Lunatic asylums Burma 1922-24 - 1922-1924
Year: 1922
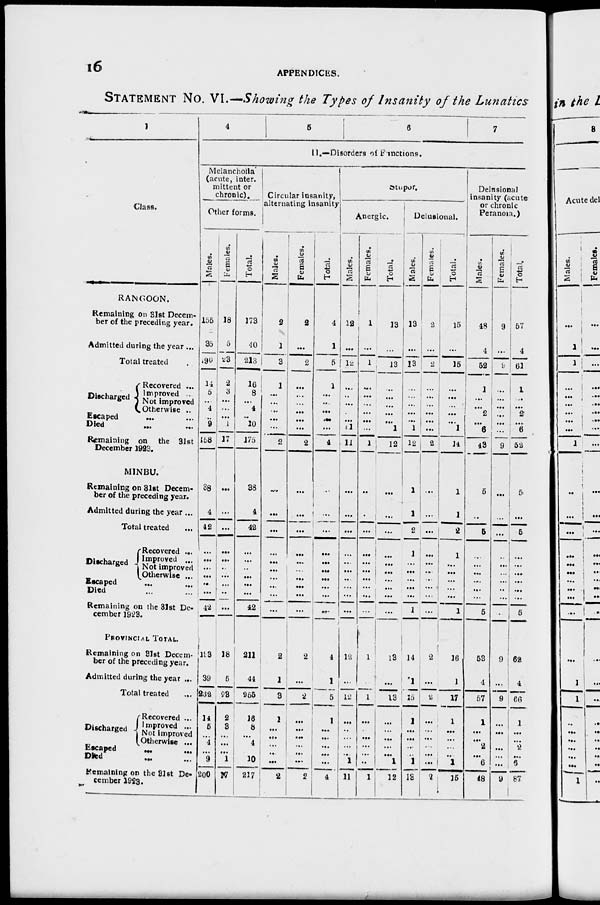
16
APPENDICES.
STATEMENT No. VI.—Showing the Types of Insanity of the Lunatics
1
Class.
RANGOON.
Remaining on 31st Decem-
ber of the preceding year.
Admitted during the year ...
Total treated ...
Discharged
Recovered ...
Improved ...
Not improved
Otherwise ...
Escaped
... ...
Died ... ...
Remaining on the 31st
December 1923.
MINBU.
Remaining on 31st Decem-
ber of the preceding year.
Admitted during the year ...
Total treated ...
Discharged
Recovered ...
Improved ...
Not improved
Otherwise ...
Escaped ... ...
Died ... ...
Remaining on the 31st De-
cember 1923.
PROVINCIAL TOTAL.
Remaining on 31st Decem-
ber of the preceding year.
Admitted during the year ...
Total treated ...
Discharged
Recovered ...
Improved ...
Not improved
Otherwise ...
Escaped ... ...
Died ... ...
Remaining on the 31st De-
cember 1923.
4
5
6
7
II.—Disorders of Functions.
Melancholia
(acute, inter-
mittent or
chronic).
Other
forms.
Males.
155
35
190
14
5
...
4
...
9
158
38
4
42
...
...
...
...
...
...
42
193
39
232
14
5
...
4
...
9
200
Females.
18
5
23
2
3
...
...
...
1
17
...
...
...
...
...
...
...
...
...
...
18
5
23
2
3
...
...
...
1
17
Total.
173
40
213
16
8
...
4
...
10
175
38
4
42
...
...
...
...
...
...
42
211
44
255
16
8
...
4
...
10
217
Circular insanity,
alternating insanity
Males.
2
1
3
1
...
...
...
...
...
2
...
...
...
...
...
...
...
...
...
...
2
1
3
1
...
...
...
...
...
2
Females.
2
...
2
...
...
...
...
...
...
2
...
...
...
...
...
...
...
...
...
...
2
...
2
...
...
...
...
...
...
2
Total.
4
1
5
1
...
....
...
...
...
4
...
...
...
...
...
...
...
...
...
...
4
1
5
1
...
...
...
...
...
4
Stupor.
Anergic.
Males.
12
...
12
...
...
...
...
...
1
11
...
...
...
...
...
...
...
...
...
...
12
...
12
...
...
...
...
...
1
11
Females.
1
...
1
...
...
...
...
...
...
1
...
...
...
...
...
...
...
...
...
...
1
...
1
...
...
...
...
...
...
1
Total.
13
...
13
...
...
...
...
...
1
12
...
...
...
...
...
...
...
...
...
...
13
...
13
...
...
...
...
...
1
12
Delusional.
Males.
13
...
13
...
...
...
...
...
1
12
1
1
2
1
...
...
...
...
...
1
14
1
15
1
...
...
...
...
1
13
Females.
2
...
2
...
...
...
...
...
...
2
...
...
...
...
...
...
...
...
...
...
2
...
2
...
...
...
...
...
...
2
Total.
15
...
15
...
...
...
...
...
1
14
1
1
2
1
...
...
...
...
...
1
16
1
17
1
...
...
...
...
1
15
Delusional
insanity (acute
or chronic
Peranoia.)
Males.
48
4
52
1
...
...
2
...
6
43
5
...
5
...
...
...
...
...
...
5
53
4
57
1
...
...
2
...
6
78
Females.
9
...
9
...
...
...
...
...
...
9
...
...
...
...
...
...
...
...
...
...
9
...
9
...
...
...
...
...
...
9
Total.
57
4
61
1
...
...
2
...
6
52
5
...
5
...
...
...
...
...
...
5
62
4
66
1
...
...
2
...
6
87